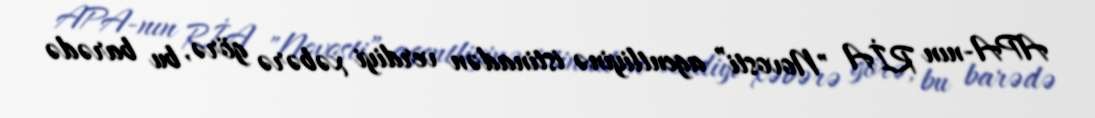
APA-nın RİA "Novosti” agentliyinə istinadən verdiyi xəbərə görə, bu barədə